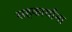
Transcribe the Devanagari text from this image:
सहकार्यांना